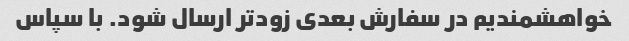
خواهشمندیم در سفارش بعدی زودتر ارسال شود. با سپاس